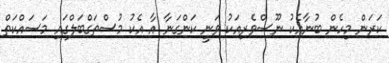
ކަރަން މިހެން ބުނާއެކު ނޫސްވެރިއަކު ވަނީ ކަންގަނާ އާ އެކު މުސްތަގްބަލްގައި މަސައްކަތް